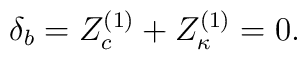
\delta_b =Z_c^{(1)}+Z_\kappa^{(1)} =0.